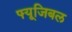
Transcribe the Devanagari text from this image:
फ्यूजिबल